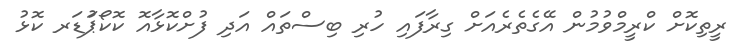
ރީތިކޮށް ކްރީމްވުމުން އޭގެތެރެއަށް ގިރާފައި ހުރި ބިސްތައް އަދި ފުށްކޮޅާއޮ ކޮކޯޕަުޑަރ ކޮޅު